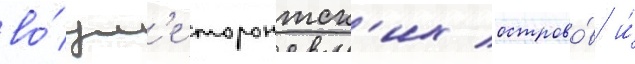
во́зл'е торонтск'их острово́в и́